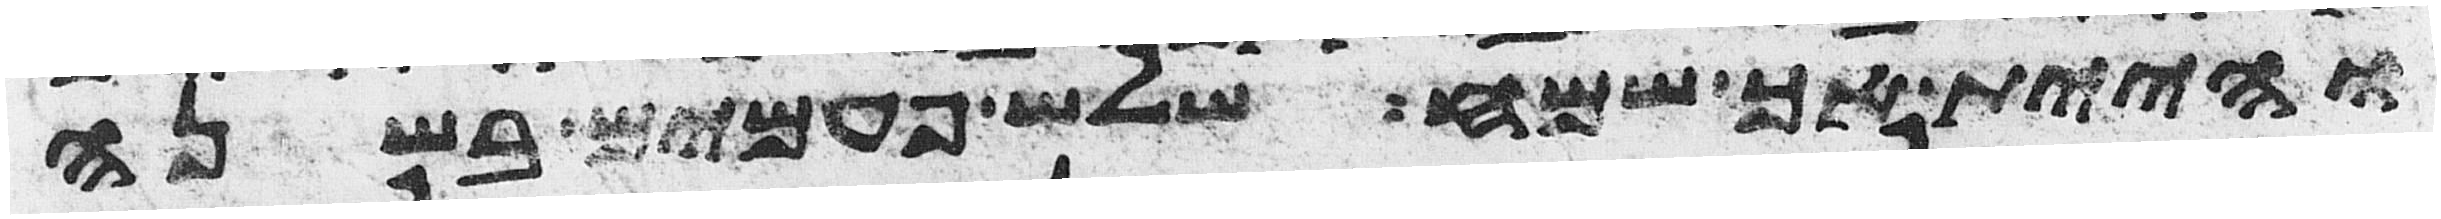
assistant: והיית אך שמח שלש פעמים בשנה